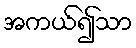
အကယ်၍သာ